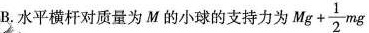
B.水平横杆对质量为M的小球的支持力为 $$Mg+ \frac{1}{2}mg$$